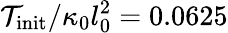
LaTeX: {\mathcal{T}}_{\mathrm{init}}/\kappa_{0}l_{0}^{2}=0.0625